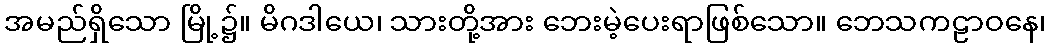
အမည်ရှိသော မြို့၌။ မိဂဒါယေ၊ သားတို့အား ဘေးမဲ့ပေးရာဖြစ်သော။ ဘေသကဠာဝနေ၊